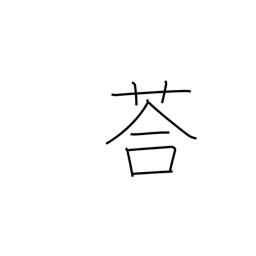
Meaning: adzuki beans